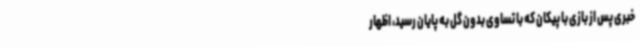
خبری پس از بازی با پیکان که با تساوی بدون گل به پایان رسید، اظهار